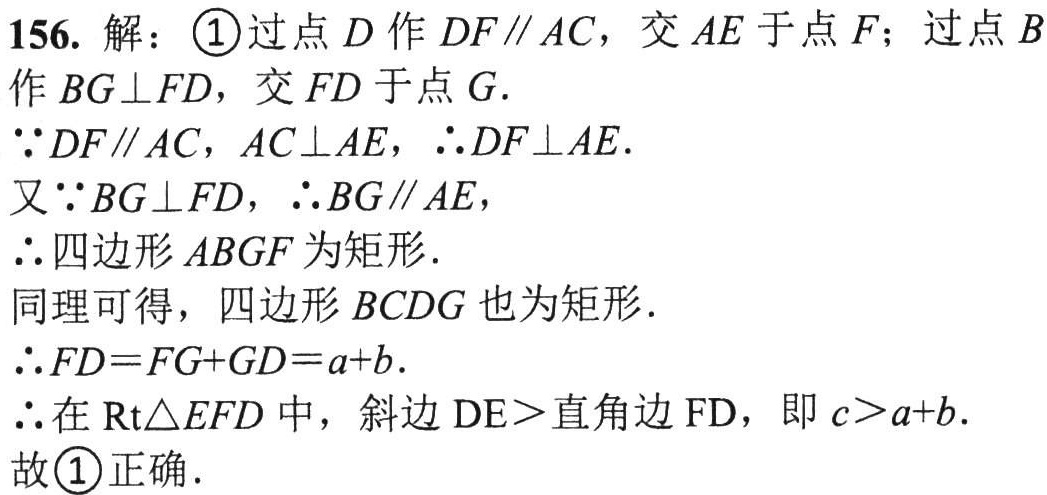
156. 解：\textcircled{1}过点\(D\)作\(DF\parallel AC\)，交\(AE\)于点\(F\)；过点\(B\)作\(BG\perp FD\)，交\(FD\)于点\(G\).
\(\because DF\parallel AC\)，\(AC\perp AE\)，\(\therefore DF\perp AE\).
又\(\because BG\perp FD\)，\(\therefore BG\parallel AE\)，
\(\therefore\)四边形\(ABGF\)为矩形.
同理可得，四边形\(BCDG\)也为矩形.
\(\therefore FD = FG + GD=a + b\).
\(\therefore\)在\(\text{Rt}\triangle EFD\)中，斜边\(DE >\)直角边\(FD\)，即\(c>a + b\).
故\textcircled{1}正确.